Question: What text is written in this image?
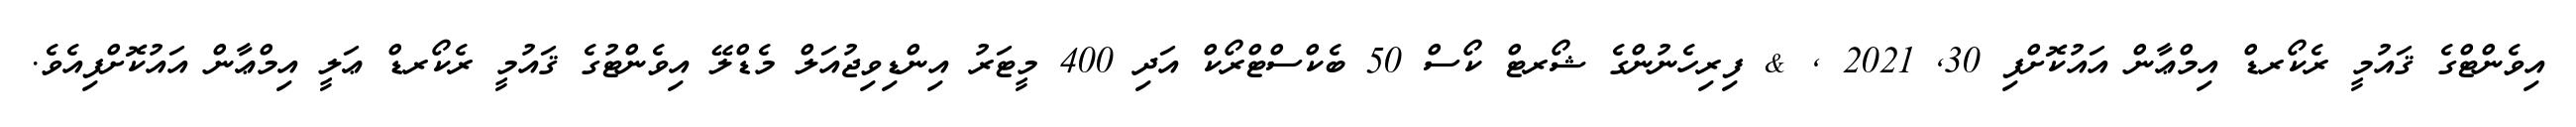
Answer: އިވެންޓްގެ ޤައުމީ ރެކޯރޑް އިމްޢާން އައުކޮށްފި 30, 2021 , & ފިރިހެނުންގެ ޝޯރޓް ކޯސް 50 ބެކްސްޓްރޯކް އަދި 400 މީޓަރު އިންޑިވިޖުއަލް މެޑްލޭ އިވެންޓުގެ ޤައުމީ ރެކޯރޑް ޢަލީ އިމްޢާން އައުކޮށްފިއެވެ.